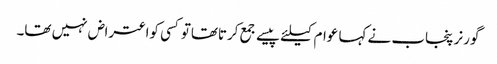
گورنر پنجاب نے کہا عوام کیلئے پیسے جمع کرتاتھاتوکسی کواعتراض نہیں تھا۔